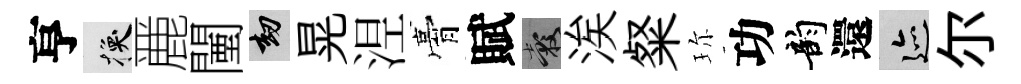
亨换䴡闉劫晃𣵀膏賦穀涘粲珎功韵還迹尓